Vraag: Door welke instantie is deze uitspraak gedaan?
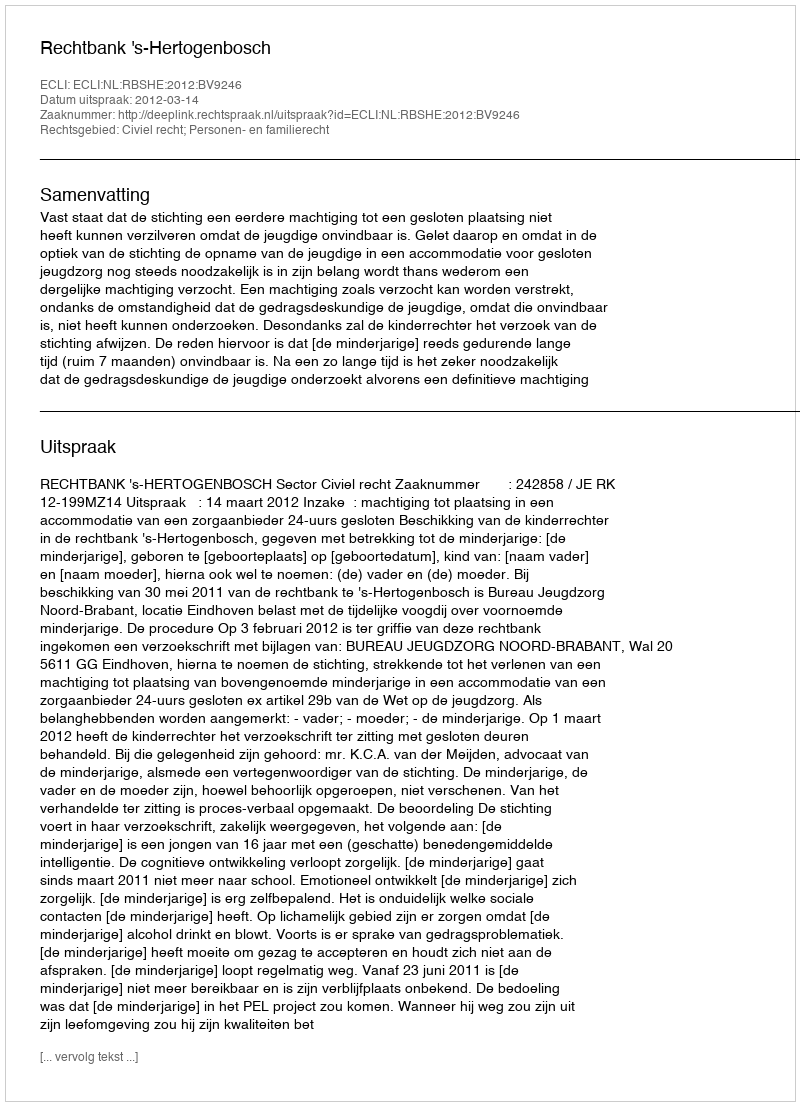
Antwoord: Rechtbank 's-Hertogenbosch